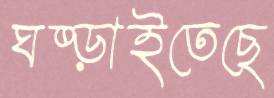
ঘষ্‌ড়াইতেছে